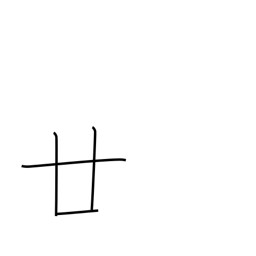
Meaning: twenty